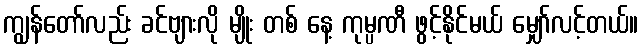
ကျွန်တော်လည်း ခင်ဗျားလို မျိုး တစ် နေ့ ကုမ္ပဏီ ဖွင့်နိုင်မယ် မျှော်လင့်တယ်။